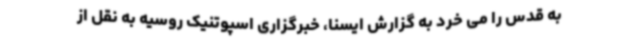
به قدس را می خرد به گزارش ایسنا، خبرگزاری اسپوتنیک روسیه به نقل از